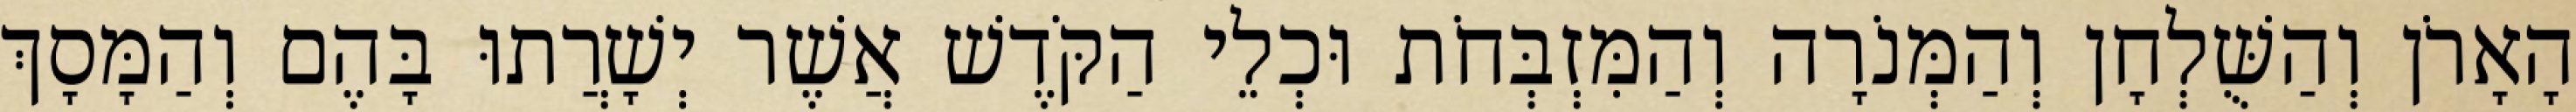
הָאָרֹן וְהַשֻּׁלְחָן וְהַמְּנֹרָה וְהַמִּזְבְּחֹת וּכְלֵי הַקֹּדֶשׁ אֲשֶׁר יְשָׁרֲתוּ בָּהֶם וְהַמָּסָךְ